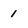
Character: 1